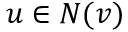
u \in N ( v )